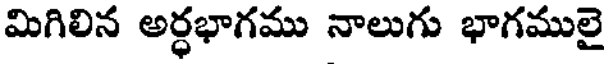
మిగిలిన అర్ధభాగము నాలుగు భాగములై